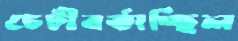
চেটীবর্তাচ্ছিল